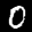
Label: 0